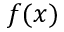
f ( x )